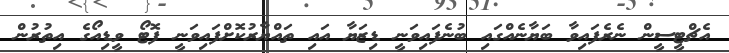
އެޗްޓީސީން ނެރެފައިވާ ބަޔާނެއްގައި ބުނެފައިވަނީ ޑިޒަޔާ އައި ތައްޔާރުކޮށްފައިވަނީ ފޮޓޯ ވީޑިއޯގެ އިތުރުން